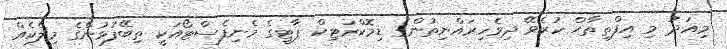
މިއަދު މި އިފްތިތާޙް ކުރެވޭ ދިވެހިރައްޔިތުންގެ ޑިމޮކްރަޓިކް ޕާޓީގެ މެނިފެސްޓޯއަކީ ތިބޭފުޅުންގެ މިލްކެއް.